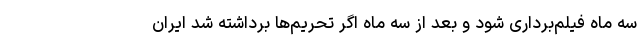
سه ماه فیلم‌برداری شود و بعد از سه ماه اگر تحریم‌ها برداشته شد ایران